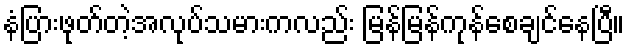
နံပြားဖုတ်တဲ့အလုပ်သမားကလည်း မြန်မြန်ကုန်စေချင်နေပြီ။